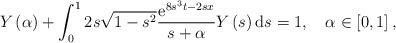
LaTeX: \begin{align*}Y\left( \alpha\right) +\int_{0}^{1}2s\sqrt{1-s^{2}}\frac{\mathrm{e}^{8s^{3}t-2sx}}{s+\alpha}Y\left( s\right) \mathrm{d}s=1,\ \ \ \alpha\in\left[ 0,1\right] , \end{align*}